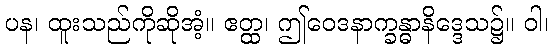
ပန၊ ထူးသည်ကိုဆိုအံ့။ ဧတ္ထ၊ ဤဝေဒနာက္ခန္ဓာနိဒ္ဒေသ၌။ ဝါ၊